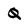
Character: Q